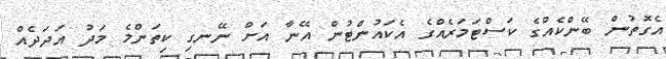
އެގޮތުން ބޭންކެއްގެ ކަސްޓަމަރެއްގެ އެކައުންޓުން އޭނާ އަށް ނޭނގި ކިތަންމެ މަދު އަދަދެއް